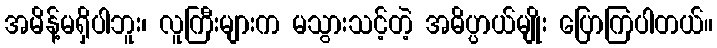
အမိန့်မရှိပါဘူး၊ လူကြီးများက မသွားသင့်တဲ့ အဓိပ္ပာယ်မျိုး ပြောကြပါတယ်။